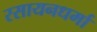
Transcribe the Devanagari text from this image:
रसायनधर्मा